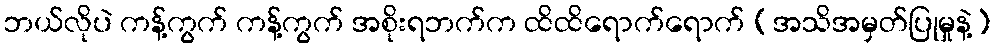
ဘယ်လိုပဲ ကန့်ကွက် ကန့်ကွက် အစိုးရဘက်က ထိထိရောက်ရောက် (အသိအမှတ်ပြုမှုနဲ့)